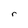
Character: r